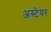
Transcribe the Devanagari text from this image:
अस्टेयर